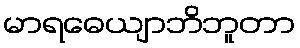
မာရဓေယျာဘိဘူတာ